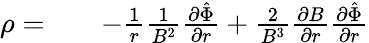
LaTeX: \begin{array}{rlr}{\rho=}&{{}}&{-\frac{1}{r}\frac{1}{B^{2}}\frac{\partial\hat{\Phi}}{\partial r}+\frac{2}{B^{3}}\frac{\partial B}{\partial r}\frac{\partial\hat{\Phi}}{\partial r}}\end{array}